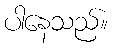
ပါနေသည်။